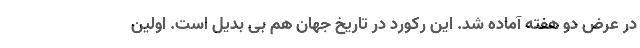
در عرض دو هفته آماده شد. این رکورد در تاریخ جهان هم بی بدیل است. اولین